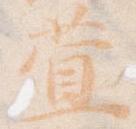
萱